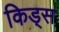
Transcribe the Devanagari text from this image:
किड्‍स